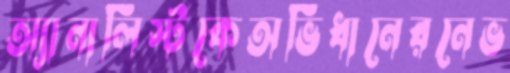
অ্যানালিস্টকেঅভিধানেরনেভ